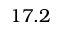
1 7 . 2